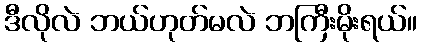
ဒီလိုလဲ ဘယ်ဟုတ်မလဲ ဘကြီးမိုးရယ်။